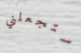
ستجعلني